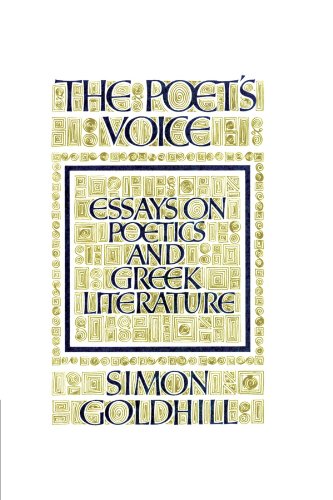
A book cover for The Poet's Voice: Essays on Poetics and Greek Literature; Simon Goldhill; Literature & Fiction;